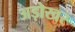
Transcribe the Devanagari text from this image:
अड़ोखर